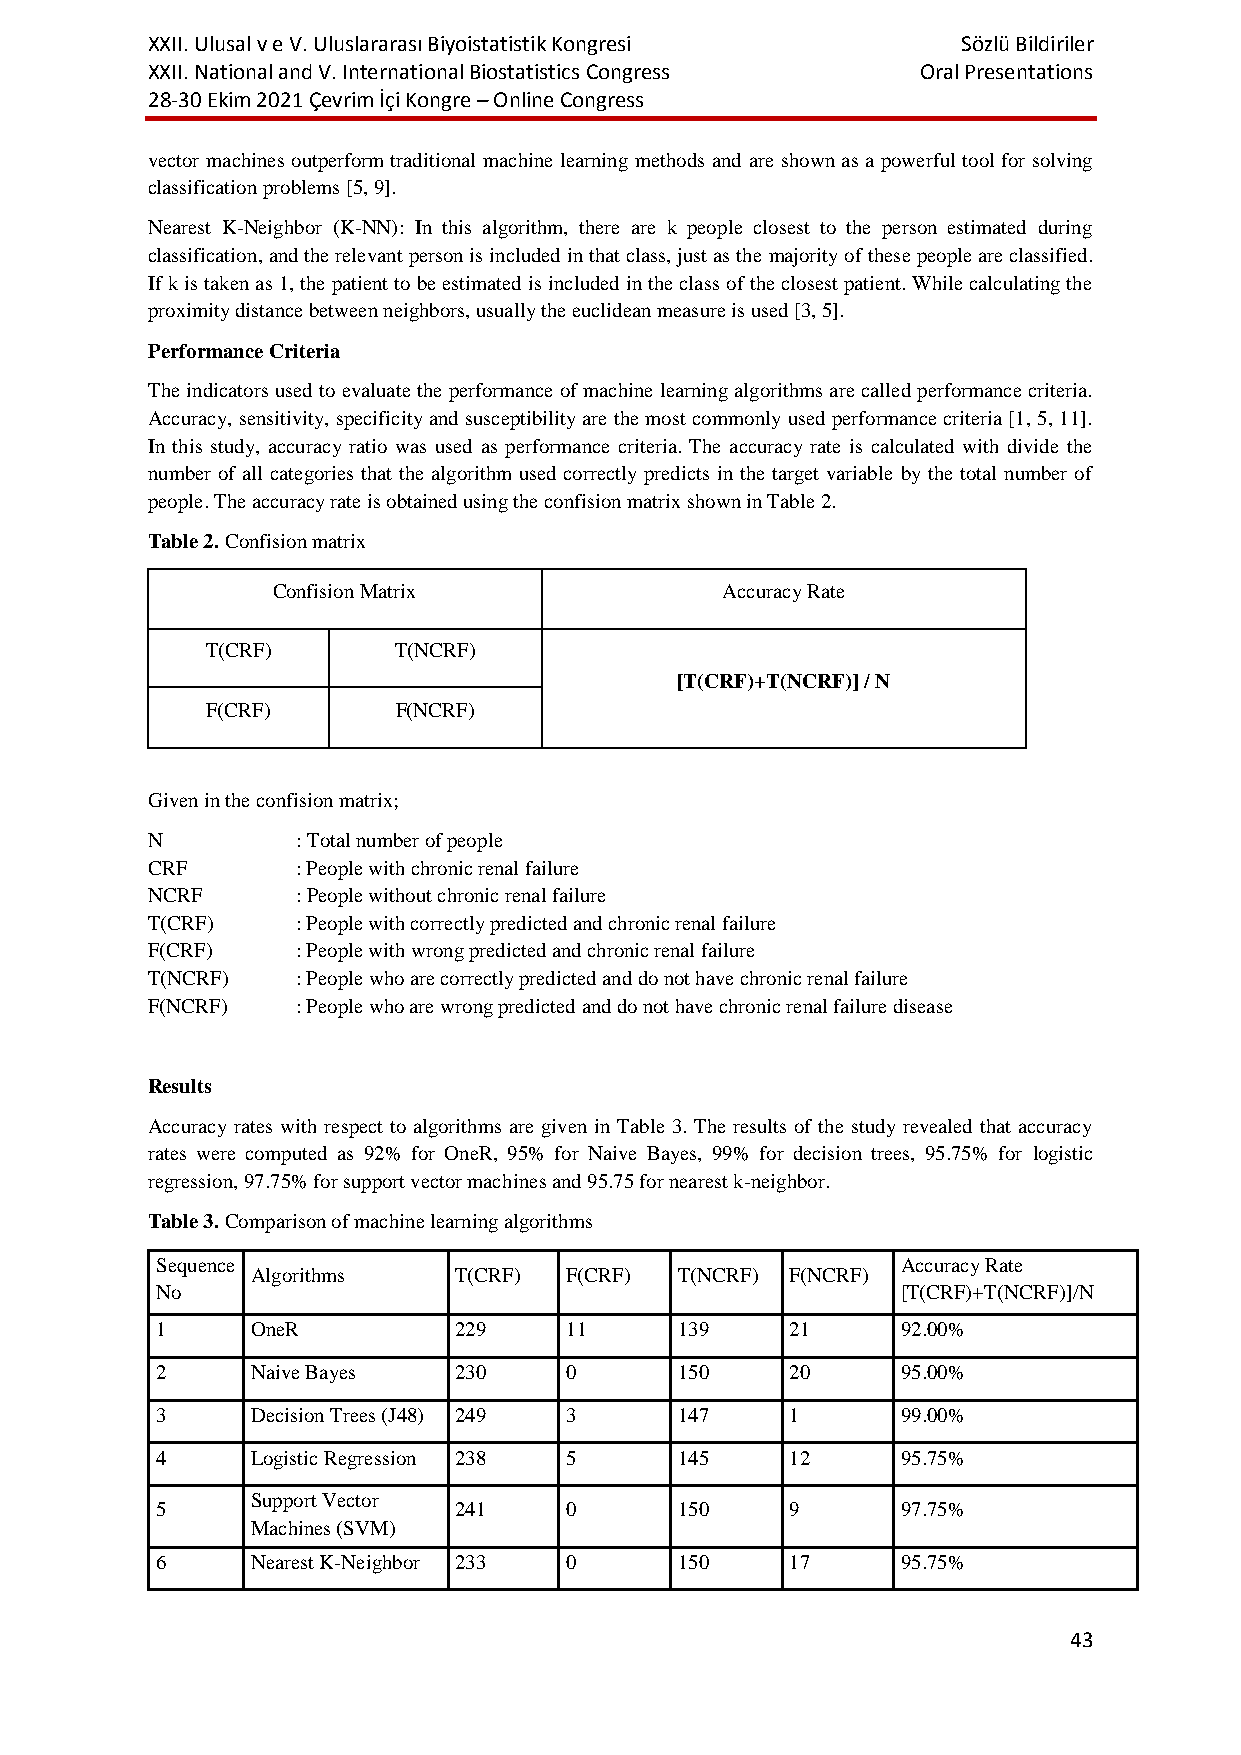
XXII. Ulusal v e V. Uluslararası Biyoistatistik Kongresi Sözlü Bildiriler
 XXII. National and V. International Biostatistics Congress Oral Presentations
 28-30 Ekim 2021 Çevrim İçi Kongre – Online Congress
 vector machines outperform traditional machine learning methods and are shown as a powerful tool for solving
 classification problems [5, 9].
 Nearest K-Neighbor (K-NN): In this algorithm, there are k people closest to the person estimated during
 classification, and the relevant person is included in that class, just as the majority of these people are classified.
 If k is taken as 1, the patient to be estimated is included in the class of the closest patient. While calculating the
 proximity distance between neighbors, usually the euclidean measure is used [3, 5].
 Performance Criteria
 The indicators used to evaluate the performance of machine learning algorithms are called performance criteria.
 Accuracy, sensitivity, specificity and susceptibility are the most commonly used performance criteria [1, 5, 11].
 In this study, accuracy ratio was used as performance criteria. The accuracy rate is calculated with divide the
 number of all categories that the algorithm used correctly predicts in the target variable by the total number of
 people. The accuracy rate is obtained using the confision matrix shown in Table 2.
 Table 2. Confision matrix
 Confision Matrix              Accuracy Rate
 T(CRF)      T(NCRF)
 [T(CRF)+T(NCRF)] / N
 F(CRF)      F(NCRF)
 Given in the confision matrix;
 N         : Total number of people
 CRF       : People with chronic renal failure
 NCRF      : People without chronic renal failure
 T(CRF)    : People with correctly predicted and chronic renal failure
 F(CRF)    : People with wrong predicted and chronic renal failure
 T(NCRF)   : People who are correctly predicted and do not have chronic renal failure
 F(NCRF)   : People who are wrong predicted and do not have chronic renal failure disease
 Results
 Accuracy rates with respect to algorithms are given in Table 3. The results of the study revealed that accuracy
 rates were computed as 92% for OneR, 95% for Naive Bayes, 99% for decision trees, 95.75% for logistic
 regression, 97.75% for support vector machines and 95.75 for nearest k-neighbor.
 Table 3. Comparison of machine learning algorithms
 Sequence                                          Accuracy Rate
 Algorithms   T(CRF) F(CRF)  T(NCRF) F(NCRF)
 No                                                [T(CRF)+T(NCRF)]/N
 1      OneR         229    11      139    21      92.00%
 2      Naive Bayes  230    0       150    20      95.00%
 3      Decision Trees (J48) 249 3  147    1       99.00%
 4      Logistic Regression 238 5   145    12      95.75%
 Support Vector
 5                   241    0       150    9       97.75%
 Machines (SVM)
 6      Nearest K-Neighbor 233 0    150    17      95.75%
 43